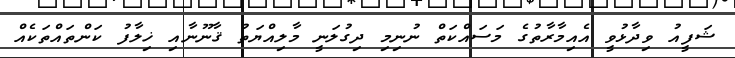
ޝަފީއު ވިދާޅުވީ އެއިމާރާތުގެ މަސައްކަތް ނުނިމި ދިގުލަނީ މާލިއްޔަތު ޤާނޫނާއި ޚިލާފު ކަންތައްތަކެއް